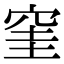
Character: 窐